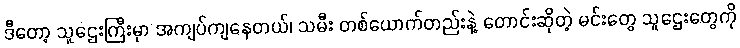
ဒီတော့ သူဌေးကြီးမှာ အကျပ်ကျနေတယ်၊ သမီး တစ်ယောက်တည်းနဲ့ တောင်းဆိုတဲ့ မင်းတွေ သူဌေးတွေကို